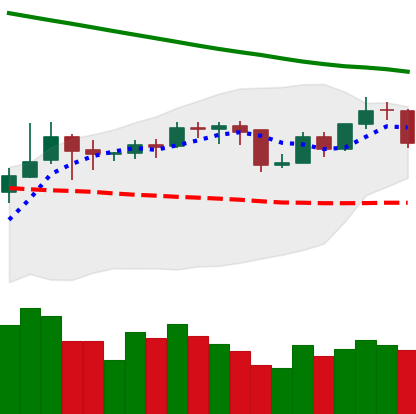
Ticker: BNB-USD
Chart end date: 2019-11-15
Forward return: -10.553%
Label: down_7plus